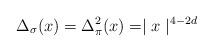
LaTeX: \begin{align*}\Delta_{\sigma} (x)= \Delta_{\pi}^2 (x)=\mid {x} \mid ^{4-2d}\end{align*}